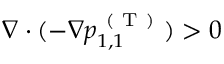
\nabla \cdot ( - \nabla p _ { 1 , 1 } ^ { \mathrm { ~ ( ~ T ~ ) ~ } } ) > 0